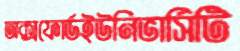
অক্সফোর্ডইউনিভার্সিটি